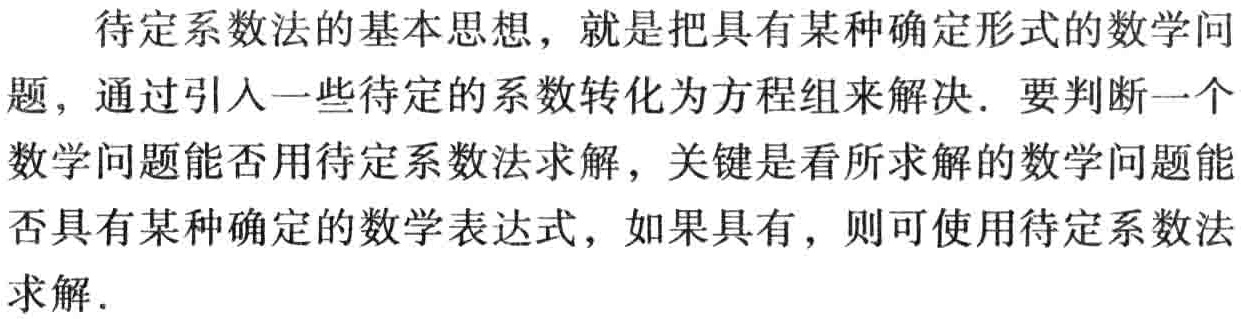
待定系数法的基本思想，就是把具有某种确定形式的数学问题，通过引入一些待定的系数转化为方程组来解决. 要判断一个数学问题能否用待定系数法求解，关键是看所求解的数学问题能否具有某种确定的数学表达式，如果具有，则可使用待定系数法求解.